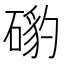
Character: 𥔰